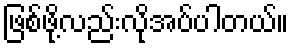
ဖြစ်ဖို့လည်းလိုအပ်ပါတယ်။